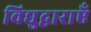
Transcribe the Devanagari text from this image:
विद्युद्वाराएँ